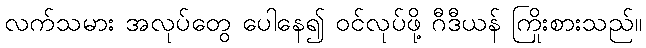
လက်သမား အလုပ်တွေ ပေါနေ၍ ဝင်လုပ်ဖို့ ဂီဒီယန် ကြိုးစားသည်။